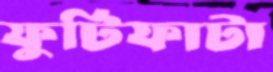
ফুটিফাটা